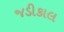
જડીકાલ